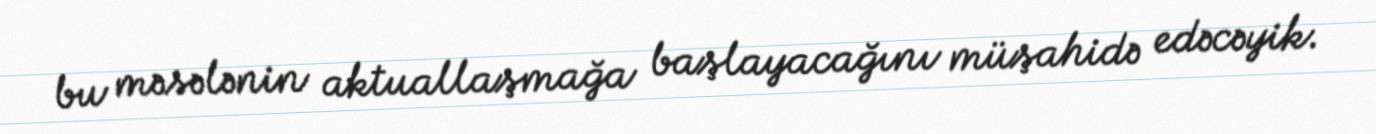
bu məsələnin aktuallaşmağa başlayacağını müşahidə edəcəyik.